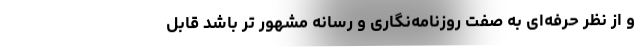
و از نظر حرفه‌ای به صفت روزنامه‌نگاری و رسانه مشهور تر باشد قابل